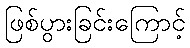
ဖြစ်ပွားခြင်းကြောင့်